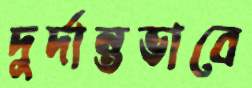
দুর্দান্তভাবে